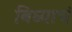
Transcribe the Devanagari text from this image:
बिघ्याचं